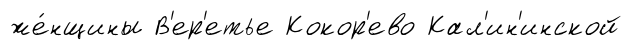
же́нщины В'ер'етье Кокор'ево Кал'ин'инской